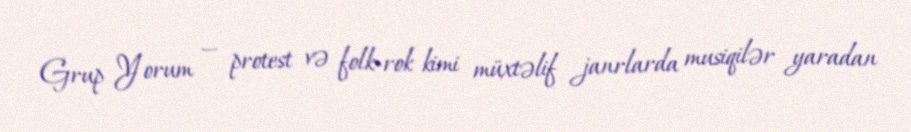
Grup Yorum — protest və folk-rok kimi müxtəlif janrlarda musiqilər yaradan